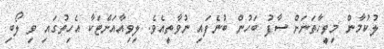
ލުކުމާން މިވީހާތަނަށް ސާފު ބަހުން ބުނެފައި ނުވާތީއެވެ. ލިވިއާއަށްޓަކާ އެހިތުގައި ވި ލޯބި